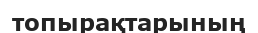
топырақтарының